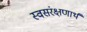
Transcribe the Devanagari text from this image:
स्वसंरक्षणार्थ